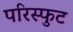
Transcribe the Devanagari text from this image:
परिस्फुट